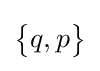
{\begin{Bmatrix}q,p\end{Bmatrix}}